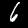
Label: 6